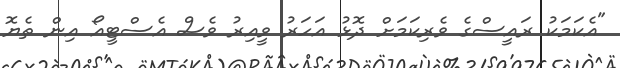
"އެކަމަކު ރައީސްގެ ވެރިކަމަށް ދޮޅު އަހަރު ވީއިރު ވެސް އެސްޓީއޯ އިން ތެޔޮ